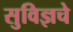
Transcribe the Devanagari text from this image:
सुविज्ञचे